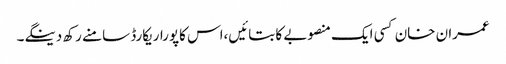
عمران خان کسی ایک منصوبے کا بتائیں،اس کاپوراریکارڈ سامنے رکھ دینگے۔